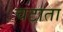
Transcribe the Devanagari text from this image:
चटाता